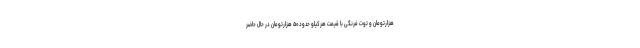
هزارتومان و توت فرنگی با قیمت هرکیلو حدود۵۰ هزارتومان در حال حاضر